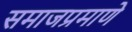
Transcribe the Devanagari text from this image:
समाजप्रमाणे